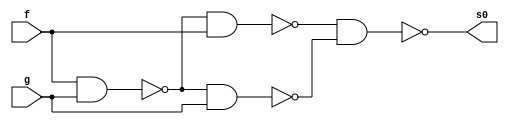
// -------------------------------
// Guia 04_05 - Diferenca Completa
// Nome: Ludmily Caldeira da Silva
// --------------------------------

// -------------------------------
// -- Diferenca Completa
// -------------------------------

//--- xorde nand
module xorgate (s0, f, g);

output s0;
input f, g;
wire t[0:2];

nand NAND1 (t[0], f, g);
nand NAND2 (t[1], t[0], f);
nand NAND3 (t[2], t[0], g);
nand NAND4 (s0, t[1], t[2]);

endmodule // xorgate

//--- and de nand
module andgate (s1, f1, g1);

output s1;
input f1, g1;
wire t0;

nand NAND1 (t0, f1, g1);
nand NAND2 (s1, t0);

endmodule // andgate

//--- or de nand
module orgate (s2, f2, g2);

output s2;
input f2, g2;
wire t1, t2;

nand NAND1 (t1, f2);
nand NAND2 (t2, g2);
nand NAND3 (s2, t1, t2);

endmodule // orgate

//--- not de nand
module notgate (s3, f3);

output s3;
input f3;

nand NAND1 (s3, f3);

endmodule // notgate

//--- meia diferenca
module MD (d, Vout, x, y);

output d, Vout;
input x, y;
wire t1;

xorgate XOR1 (d, x, y);
notgate NOT1 (t1, x);
andgate AND1 (Vout, t1, y);

endmodule // MD

//--- diferenca completa
module DC (d1, Vout1, Vin, x1, y1);

output d1, Vout1; 
input x1, y1, Vin;
wire t1, t2, t3;

MD MD1 (t1, t2, x1, y1);
MD MD2 (d1, t3, t1, Vin);
orgate OR1 (Vout1, t3, t2);

endmodule // DC

// ---------------------
// -- test Diferenca completa
// ---------------------

module TestDiferencaCompleta;

reg a, b, Vin1;
wire d2, Vout2;

// instancia
DC DC1 (d2, Vout2, Vin1, a, b);

// parte principal
 initial begin
      $display("\nguia04_05 - Ludmily Caldeira da Silva - 417290\n");
      $display("Test Diferenca completa\n");
      $display("\na  b  Vin  Vout  d\n");
      $monitor("%b  %b   %b    %b    %b", a, b, Vin1, Vout2, d2);
  
	     a=0; b=0; Vin1 =0;
    #1  a=0; b=0; Vin1 =1; 
    #1  a=0; b=1; Vin1 =0;
    #1  a=0; b=1; Vin1 =1; 
	 #1  a=1; b=0; Vin1 =0;
    #1  a=1; b=0; Vin1 =1; 
    #1  a=1; b=1; Vin1 =0;
    #1  a=1; b=1; Vin1 =1; 
	  
    end
 
endmodule // TestDiferencaCompleta 

/* Resultados obtidos

    guia04_05 - Ludmily Caldeira da Silva - 417290
    
    Test Diferenca completa
    
    
    a  b  Vin  Vout  d
    
    0  0   0    0    0
    0  0   1    1    1
    0  1   0    1    1
    0  1   1    1    0
    1  0   0    0    1
    1  0   1    0    0
    1  1   0    0    0
    1  1   1    1    1
    

*/